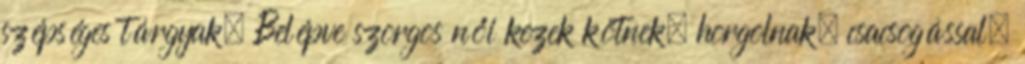
szépséges tárgyak. Belépve szorgos női kezek kötnek, horgolnak, csacsogással,